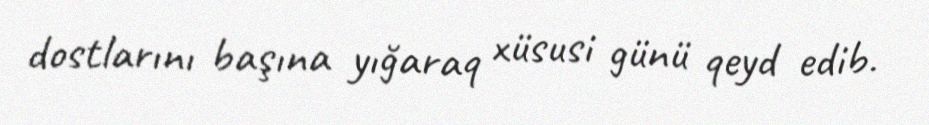
dostlarını başına yığaraq xüsusi günü qeyd edib.